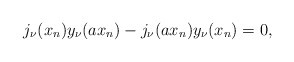
\begin{align*}j_\nu (x_n) y_\nu (a x_n) - j_\nu (a x_n) y_\nu (x_n)=0,\end{align*}